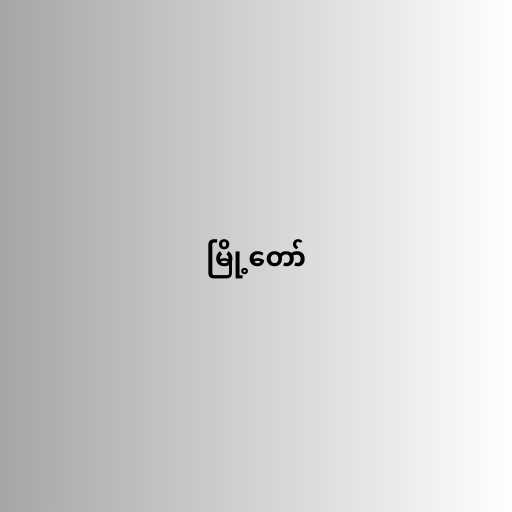
မြို့တော်